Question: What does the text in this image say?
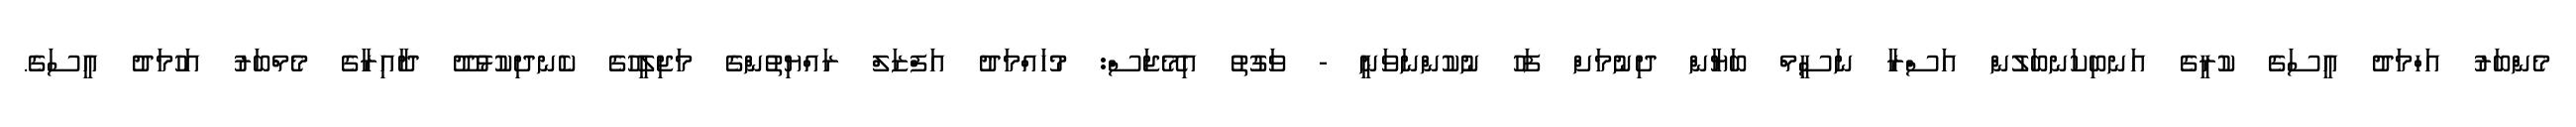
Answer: މެންބަރު އަހްމަދު އީސަގެ ކުރީގެ އަނބިކަނބަލުން އަސްރާ ނަސީމް ބަޔާން ދިނުމަށް ފަހު ނުކުންނަވަނީ - ވަގުތު އިމޭޖަސް: މުހައްމަދު އަފްޒަލް ރައްޔިތުންގެ މަޖިލީހުގެ ކެނދިކުޅުދޫ ދާއިރާގެ މެމްބަރު އަހުމަދު އީސަގެ.